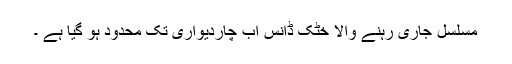
مسلسل جاری رہنے والا خٹک ڈانس اب چاردیواری تک محدود ہو گیا ہے ۔